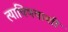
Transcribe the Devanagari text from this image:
त्याविषयाशी